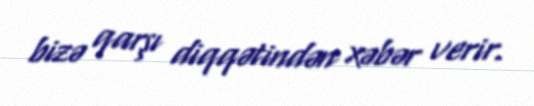
bizə qarşı diqqətindən xəbər verir.